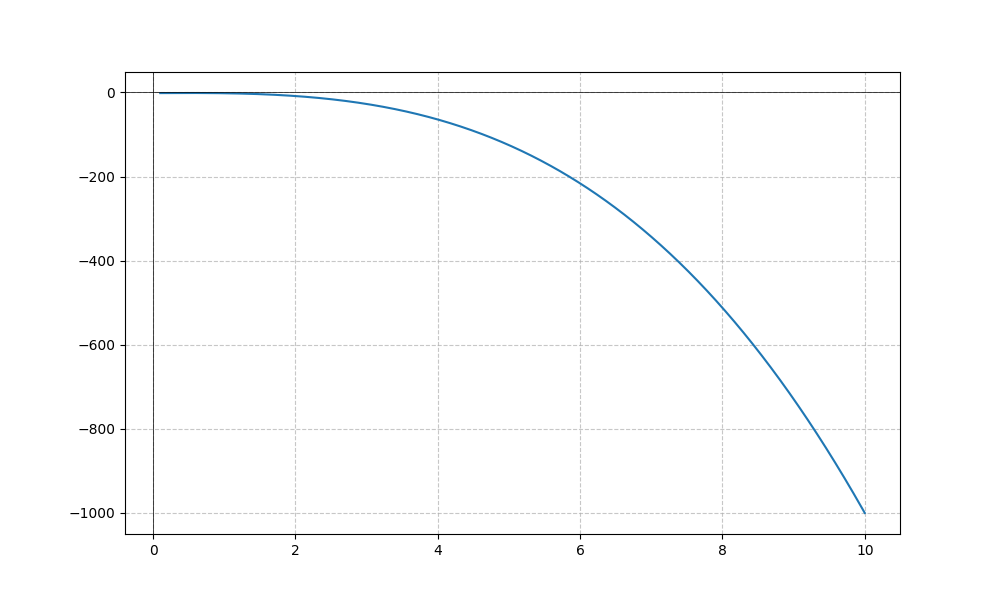
LaTeX formula: - x^{3} - \operatorname{acot}{\left(x \right)}